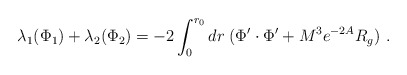
\begin{align*}\lambda_1 (\Phi_1) +\lambda_2 (\Phi_2) = -2\int_{0}^{r_0}dr \; ( \Phi'\cdot \Phi' + M^3e^{-2 A} R_g ) ~. \end{align*}